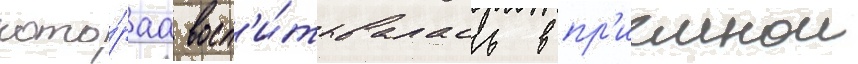
кото́раа восп'и́тывалась в пр'иемнои